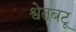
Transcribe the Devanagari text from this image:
श्वेतबटू